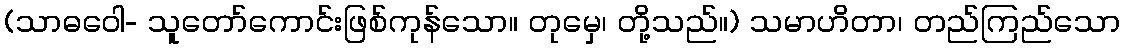
(သာဓဝေါ- သူတော်ကောင်းဖြစ်ကုန်သော။ တုမှေ၊ တို့သည်။) သမာဟိတာ၊ တည်ကြည်သော